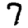
Digit: 7